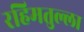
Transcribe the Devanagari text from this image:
रहिमतुल्ला